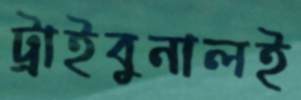
ট্রাইবুনালই